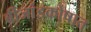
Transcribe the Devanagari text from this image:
बीजांडकोषात